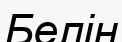
Белін